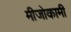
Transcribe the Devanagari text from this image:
मीजोकामी